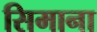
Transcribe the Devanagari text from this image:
सिमाना